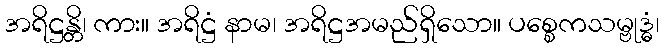
အရိဋ္ဌန္တိ၊ ကား။ အရိဋ္ဌံ နာမ၊ အရိဋ္ဌအမည်ရှိသော။ ပစ္စေကသမ္ဗုဒ္ဓံ၊